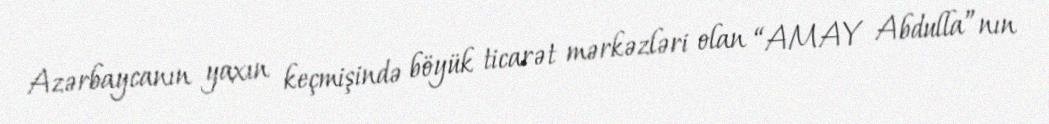
Azərbaycanın yaxın keçmişində böyük ticarət mərkəzləri olan “AMAY Abdulla”nın